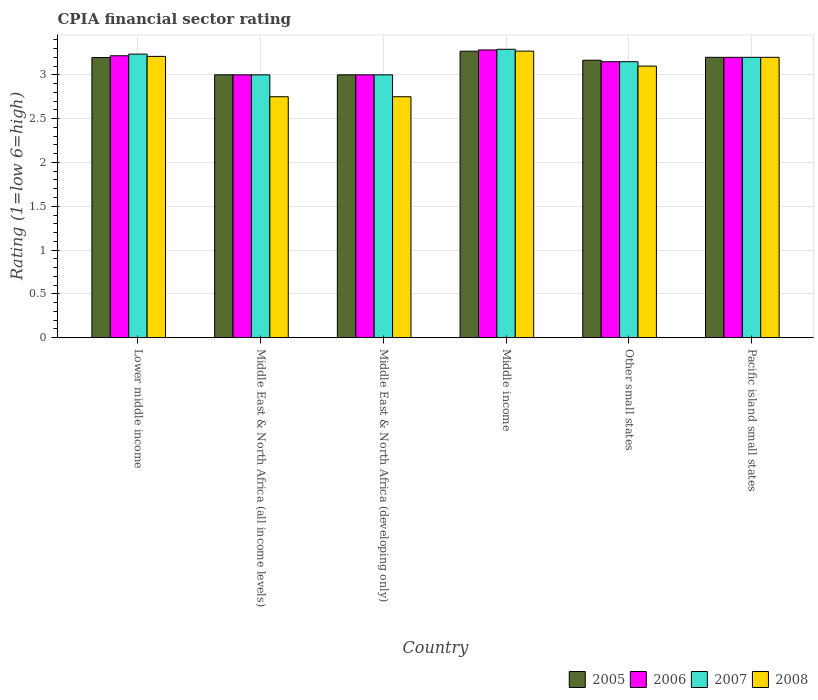
| Country | 2005 | 2006 | 2007 | 2008 |
 | --- | --- | --- | --- | --- |
 | Lower middle income | 3.2 | 3.22 | 3.24 | 3.21 |
 | Middle East & North Africa (all income levels) | 3 | 3 | 3 | 2.75 |
 | Middle East & North Africa (developing only) | 3 | 3 | 3 | 2.75 |
 | Middle income | 3.27 | 3.28 | 3.29 | 3.27 |
 | Other small states | 3.17 | 3.15 | 3.15 | 3.1 |
 | Pacific island small states | 3.2 | 3.2 | 3.2 | 3.2 |